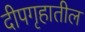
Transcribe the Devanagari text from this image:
दीपगृहातील